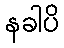
နခါပိ